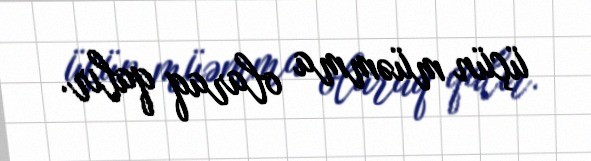
üçün müəmma olaraq qalır.